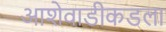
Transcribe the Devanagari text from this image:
आशेवाडीकडला